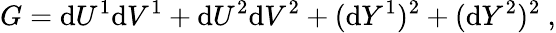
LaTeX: G=\mathrm{d}U^{1}\mathrm{d}V^{1}+\mathrm{d}U^{2}\mathrm{d}V^{2}+(\mathrm{d}Y^{1})^{2}+(\mathrm{d}Y^{2})^{2}~,